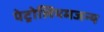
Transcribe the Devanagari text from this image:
पेट्रोलियमजन्य